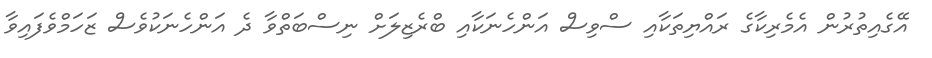
އޭގެއިތުރުން އެމެރިކާގެ ރައްޔިތަކާއި ސްވިސް އަންހެނަކާއި ބްރެޒިލަށް ނިސްބަތްވާ ދެ އަންހެނަކުވެސް ޒަހަމްވެފައިވާ